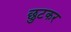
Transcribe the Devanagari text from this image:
छुटकर